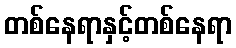
တစ်နေရာနှင့်တစ်နေရာ